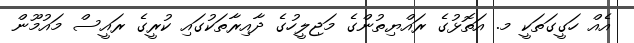
އެއް ހަގީގަތަކީ މ. އަތޮޅުގެ ރައްޔިތުންގެ މަޖިލީހުގެ ދާއިރާތަކުގައި ކުރީގެ ރައީސް މައުމޫން